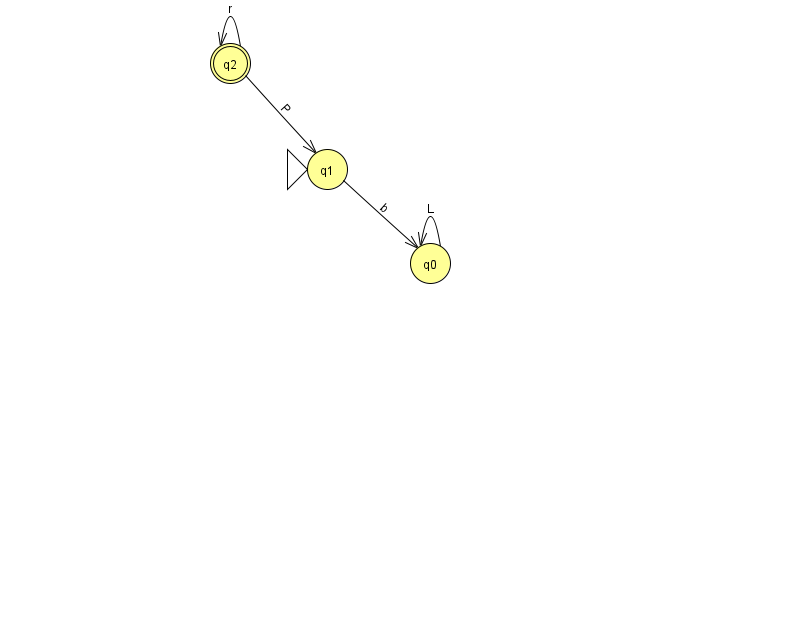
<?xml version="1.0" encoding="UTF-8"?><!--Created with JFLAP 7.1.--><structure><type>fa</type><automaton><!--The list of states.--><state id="0" name="q0"><x>430.0</x><y>250.0</y></state><state id="1" name="q1"><x>327.0</x><y>156.0</y><initial/></state><state id="2" name="q2"><x>230.0</x><y>50.0</y><final/></state><!--The list of transitions.--><transition><from>2</from><to>2</to><read>r</read></transition><transition><from>2</from><to>1</to><read>P</read></transition><transition><from>0</from><to>0</to><read>L</read></transition><transition><from>1</from><to>0</to><read>b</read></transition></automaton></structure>